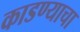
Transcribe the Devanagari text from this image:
काडण्याचा